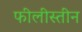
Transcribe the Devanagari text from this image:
फीलीस्तीन